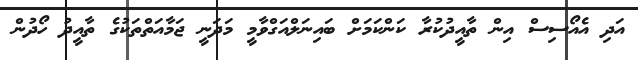
އަދި އެއޯސިސް އިން ތާއީދުކުރާ ކަންކަމަށް ބައިނަލްއަގްވާމީ މަދަނީ ޖަމާއަތްތަކުގެ ތާއީދު ހޯދުން